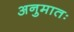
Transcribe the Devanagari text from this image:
अनुमातः